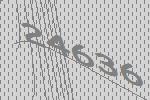
24636